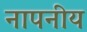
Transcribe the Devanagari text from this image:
नापनीय